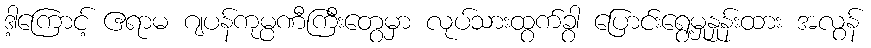
ဒါ့ကြောင့် ဧရာမ ဂျပန်ကုမ္ပဏီကြီးတွေမှာ လုပ်သားထွက်ခွာ ပြောင်းရွေ့မှုနှုန်းထား အလွန်